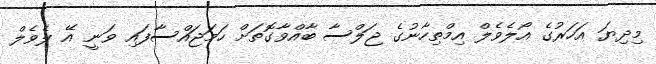
މިދިޔަ އަހަރުގެ އޯލެވެލް އިމްތިހާނުގެ ޖަލްސާ ބާއްވާގޮތަށް ހަމަޖައްސާފައި ވަނީ އޭ ލެވެލް